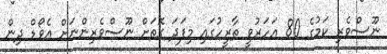
ނޫސްވެރި ކަމުގެ 80 އަހަރުވީ ތާރީހުގައި މިފަދަ ގޮތަށް ނޫސްވެރިންނަށް އެވޯޑް ދިން